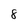
Character: 8